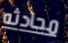
محادثه